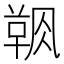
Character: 𲊝